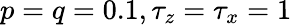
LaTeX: p=q=0.1,\tau_{z}=\tau_{x}=1